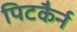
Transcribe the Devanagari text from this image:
पिटकैर्न